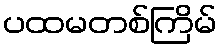
ပထမတစ်ကြိမ်